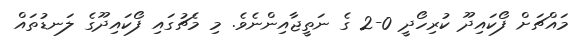
މައްޗަށް ފޯކައިދޫ ކުރިހޯދީ 0-2 ގެ ނަތީޖާއިންނެވެ. މި މެޗުގައި ފޯކައިދޫގެ ލަނޑުތައް